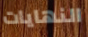
النهايات